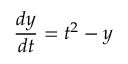
{ \frac { d y } { d t } } = t ^ { 2 } - y